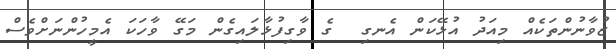
ޒުވާނުންތަކެއް މިއަދު އުޅޭކަން އެނގި  ގެ ވާގިފުޅާލައިގެން މަގޭ ވާހަކަ އެމީހުންނަށްވެސް